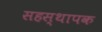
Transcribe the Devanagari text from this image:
सहस्थापक